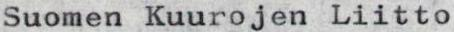
Suomen Kuurojen Liitto